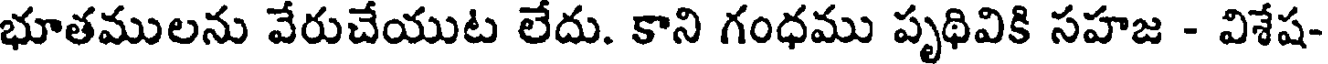
భూతములను వేరుచేయుట లేదు. కాని గంధము పృథివికి సహజ - విశేష-